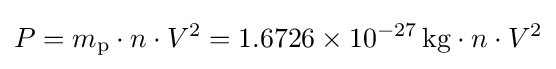
P=m_{\text{p}}\cdot n\cdot V^{2}=\mathrm {1.6726\times 10^{-27}\,kg} \cdot n\cdot V^{2}